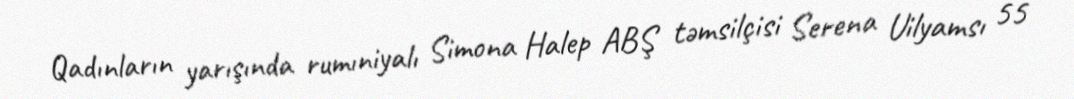
Qadınların yarışında rumıniyalı Simona Halep ABŞ təmsilçisi Serena Uilyamsı 55